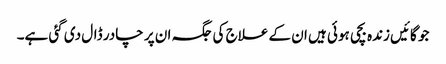
جو گائیں زندہ بچی ہوئی ہیں ان کے علاج کی جگہ ان پر چادر ڈال دی گئی ہے۔